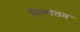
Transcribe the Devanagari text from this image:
सिम्बोलम